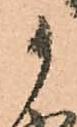
御